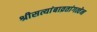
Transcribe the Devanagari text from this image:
श्रीसत्यांबाव्रतांगत्वेन